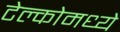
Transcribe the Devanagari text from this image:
टेल्कोमध्ये